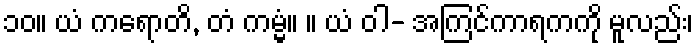
၁၀။ ယံ ကရောတိ, တံ ကမ္မံ။ ။ ယံ ဝါ- အကြင်ကာရကကို မူလည်း၊